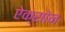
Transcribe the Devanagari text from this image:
ऐक्सोन